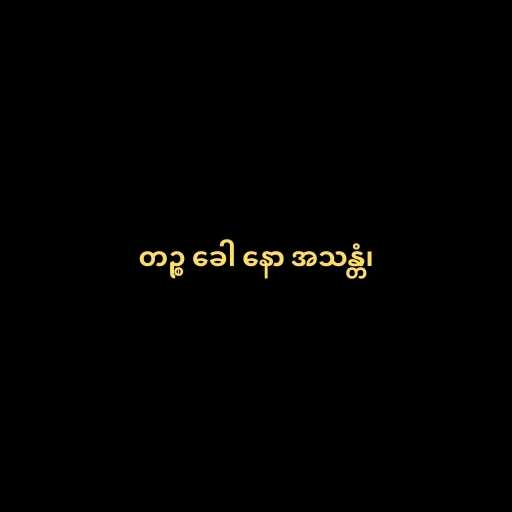
တဉ္စ ခေါ နော အသန္တံ၊